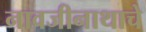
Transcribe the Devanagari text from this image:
नावजीनाथाचे